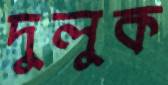
দুলুক